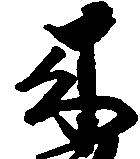
来